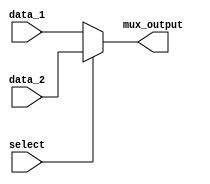
`timescale 1ns / 1ps
//////////////////////////////////////////////////////////////////////////////////
// Company: 
// Engineer: 
// 
// Design Name: 
// Module Name: MUX
// Project Name: 
// Target Devices: 
// Tool Versions: 
// Description: 
// 
// Dependencies: 
// 
// Revision:
// Revision 0.01 - File Created
// Additional Comments:
// 
//////////////////////////////////////////////////////////////////////////////////


module MUX(
    input wire data_1,
    input wire data_2,
    input wire select,
    output wire mux_output
    );
    assign mux_output = (select==0) ? data_1 : data_2 ;
endmodule